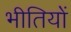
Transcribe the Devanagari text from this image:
भीतियों